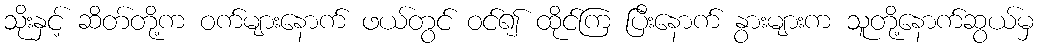
သိုးနှင့် ဆိတ်တို့က ဝက်များနောက် ဖယ်တွင် ဝင်၍ ထိုင်ကြ ပြီးနောက် နွားများက သူတို့နောက်ဆွယ်မှ